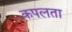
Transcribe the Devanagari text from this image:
कपलता